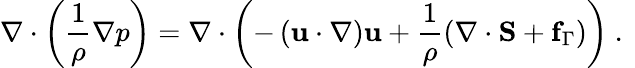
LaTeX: \nabla\cdot\left(\frac{1}{\rho}\nabla p\right)=\nabla\cdot\left(-\left(\mathbf{u}\cdot\nabla\right)\mathbf{u}+\frac{1}{\rho}\left(\nabla\cdot\mathbf{S}+\mathbf{f}_{\Gamma}\right)\right)\mathrm{~.~}